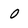
Character: 0